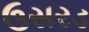
ઉસરડ